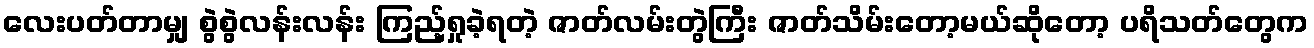
လေးပတ်တာမျှ စွဲစွဲလန်းလန်း ကြည့်ရှုခဲ့ရတဲ့ ဇာတ်လမ်းတွဲကြီး ဇာတ်သိမ်းတော့မယ်ဆိုတော့ ပရိသတ်တွေက